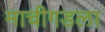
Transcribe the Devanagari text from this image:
माचीगडला